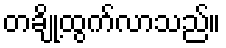
တချို့ထွက်လာသည်။